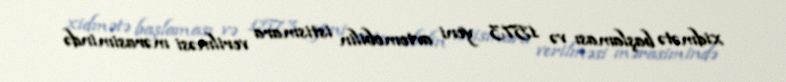
xidmətə başlaması və 1573 yeni avtomobilin istismara verilməsi mərasimində